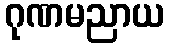
ဂုဏမညာယ